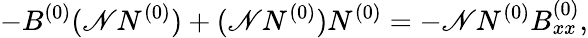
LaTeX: -B^{(0)}(\mathscr{N}N^{(0)})+(\mathscr{N}N^{(0)})N^{(0)}=-\mathscr{N}N^{(0)}B_{xx}^{(0)},